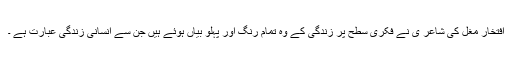
افتخارؔ مغل کی شاعر ی نے فکری سطح پر زندگی کے وہ تمام رنگ اور پہلو بیاں ہوئے ہیں جن سے انسانی زندگی عبارت ہے ۔